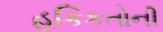
હકિકતોની